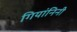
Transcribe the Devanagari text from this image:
गियांनिनी